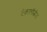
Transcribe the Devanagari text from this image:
टेक्नालॉजीज़